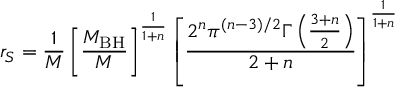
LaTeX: r _ { S } = { \frac { 1 } { M } } \left[ \frac { M _ { \mathrm { B H } } } { M } \right] ^ { \frac { 1 } { 1 + n } } \left[ { \frac { 2 ^ { n } \pi ^ { ( n - 3 ) / 2 } \Gamma \left( { \frac { 3 + n } { 2 } } \right) } { 2 + n } } \right] ^ { \frac { 1 } { 1 + n } }